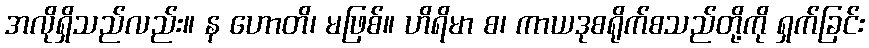
အလိုရှိသည်လည်း။ န ဟောတိ၊ မဖြစ်။ ဟိရိမာ စ၊ ကာယဒုစရိုက်စသည်တို့ကို ရှက်ခြင်း